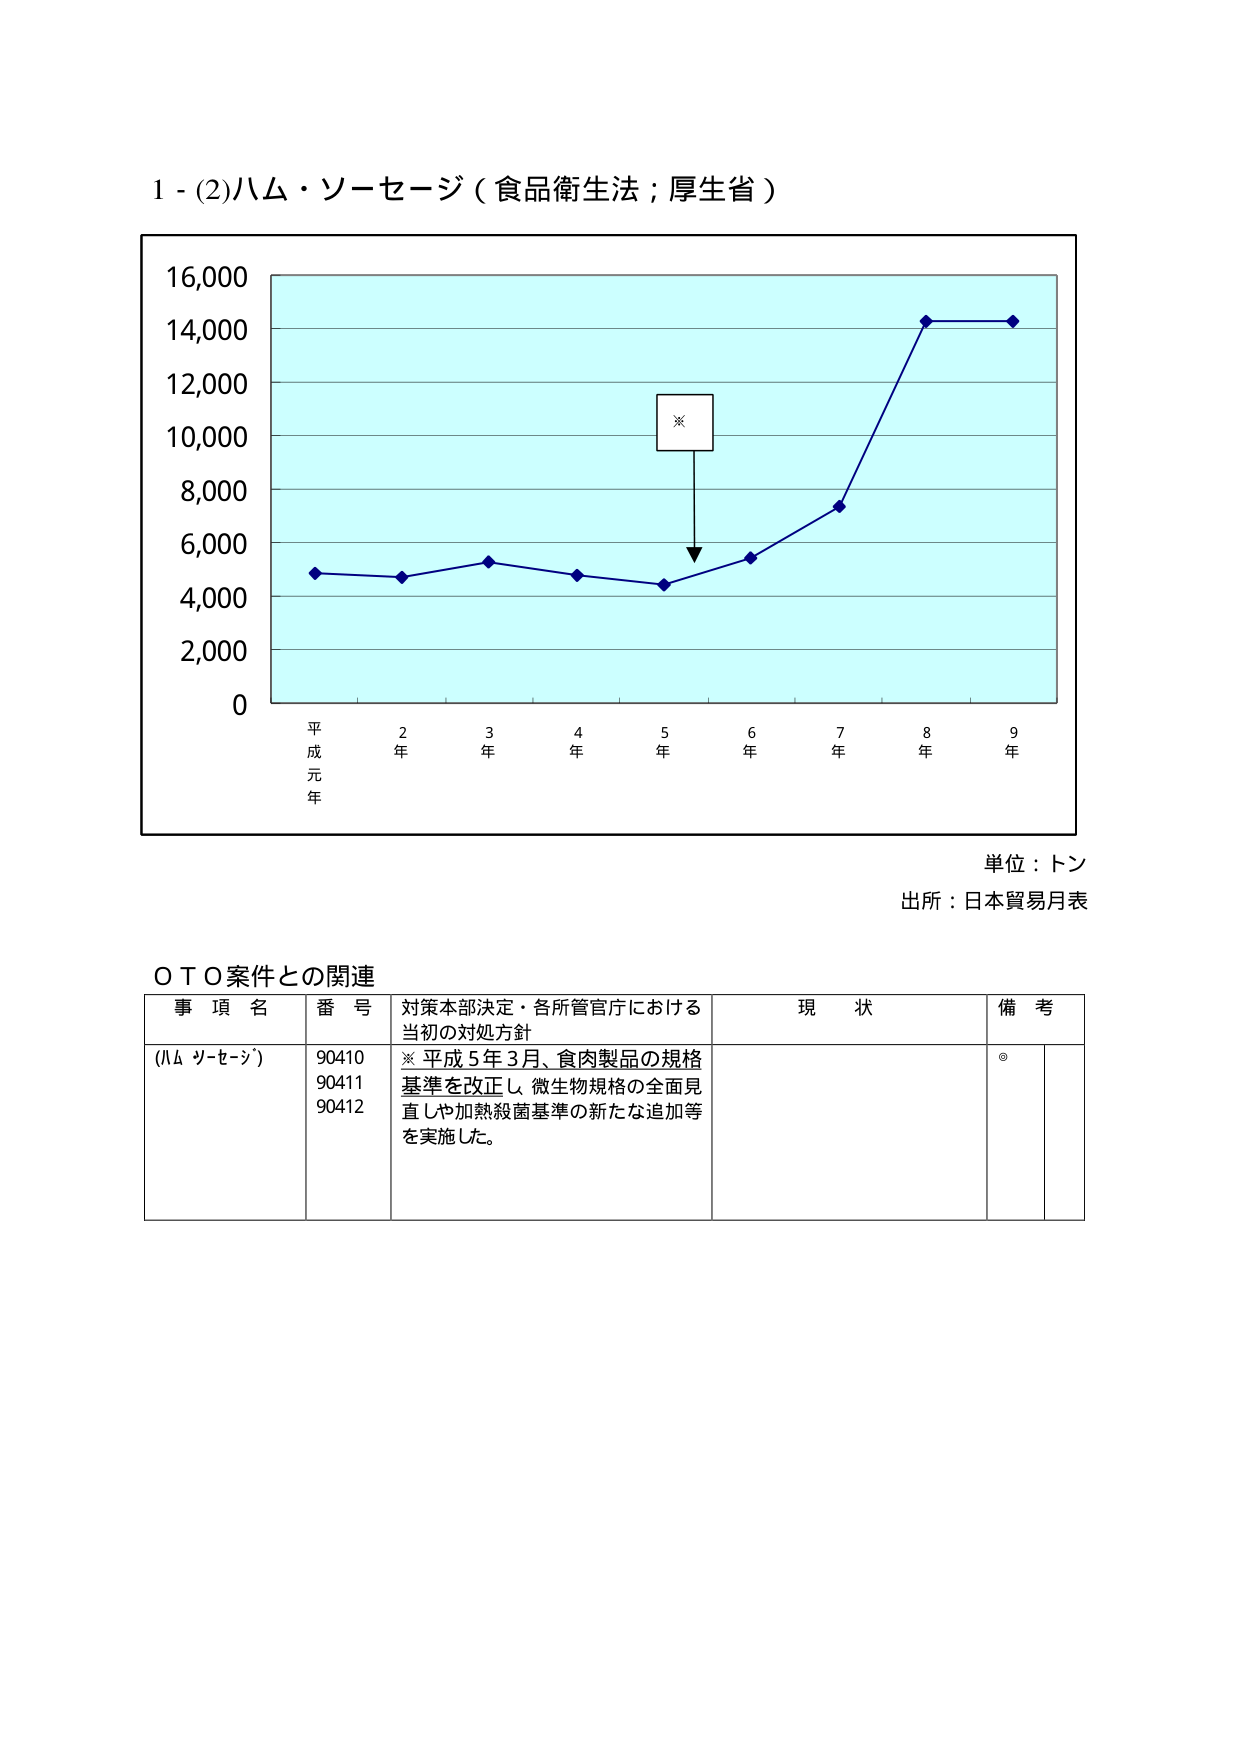
1 - (2)ハム・ソーセージ（食品衛生法；厚生省）

16,000
14,000
12,000
10,000
8,000
6,000
4,000
2,000
0

平成元年　2年　3年　4年　5年　6年　7年　8年　9年

※

単位：トン
出所：日本貿易月表

ＯＴＯ案件との関連

事項名　　　番号　　　対策本部決定・各所管官庁における当初の対処方針　　　現状　　　備考
（ハム・ソーセージ）　90410　※ 平成5年3月、食肉製品の規格基準を改正し、微生物規格の全面見直しや加熱殺菌基準の新たな追加等を実施した。
　　　　　　　　　　90411
　　　　　　　　　　90412

◎